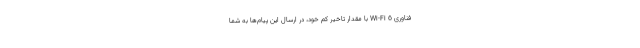
فناوری Wi-Fi 6 با مقدار تاخیر کم خود، در ارسال این پیام‌ها به شما